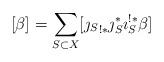
LaTeX: \begin{align*}[\beta] = \sum_{S \subset X} [ {\jmath_S}_{!*}\jmath_S^* \imath_S^{!*} \beta ]\end{align*}